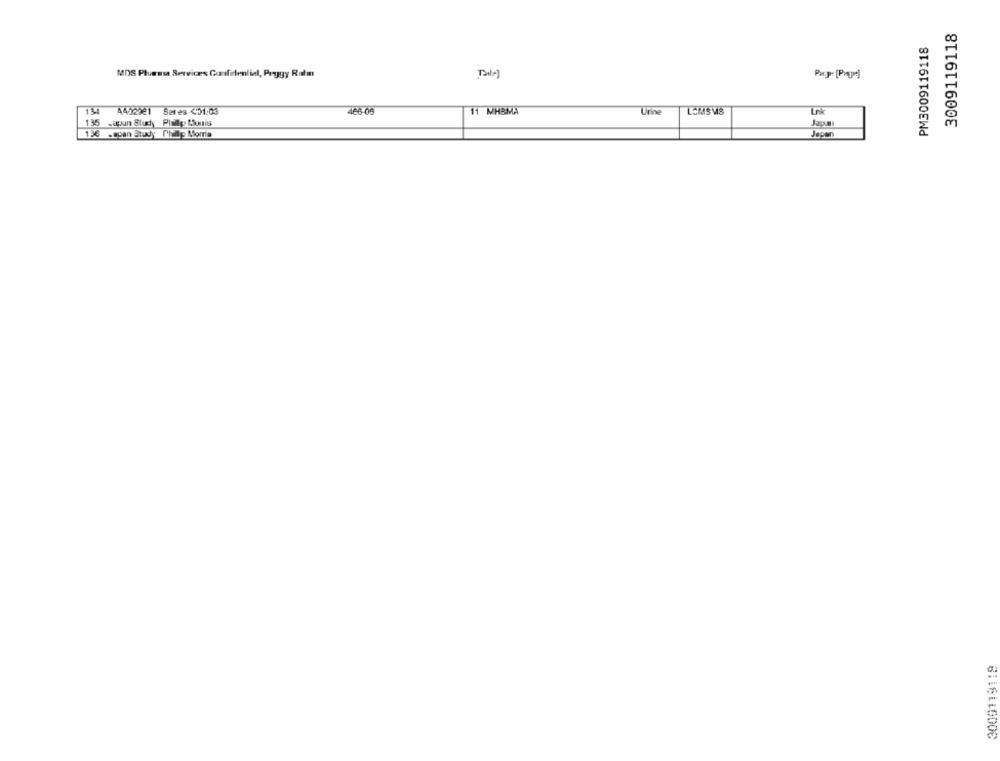
3009119118
PM3009119118
MDS Pluessa Services Confidential, Peggy Ratm
134
A402921 Seres <51:03
466-05
11 MHBMA
Urine
LOMISWS
Ink
135 -apun Study Plailly Slunis
196 Japan Study Phillip Morris
Japan
3009119119